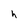
Character: h